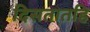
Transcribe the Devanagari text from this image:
दिसतातहि